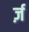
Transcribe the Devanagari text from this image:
र्ज़